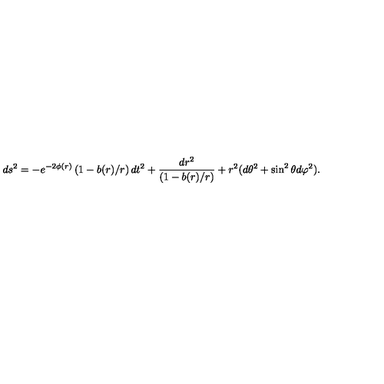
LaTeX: d s ^ { 2 } = - e ^ { - 2 \phi ( r ) } \left( 1 - b ( r ) / r \right) d t ^ { 2 } + { \frac { d r ^ { 2 } } { \left( 1 - b ( r ) / r \right) } } + r ^ { 2 } ( d \theta ^ { 2 } + \sin ^ { 2 } \theta d \varphi ^ { 2 } ) .